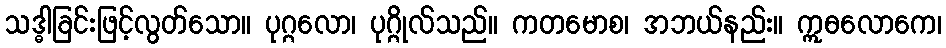
သဒ္ဓါခြင်းဖြင့်လွတ်သော။ ပုဂ္ဂလော၊ ပုဂ္ဂိုလ်သည်။ ကတမောစ၊ အဘယ်နည်း။ ဣဓလောကေ၊